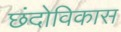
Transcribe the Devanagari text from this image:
छंदोविकास